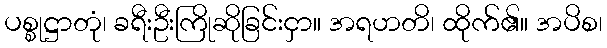
ပစ္စုဋ္ဌာတုံ၊ ခရီးဦးကြိုဆိုခြင်းငှာ။ အရဟတိ၊ ထိုက်၏။ အပိစ၊